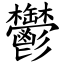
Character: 鬱